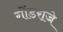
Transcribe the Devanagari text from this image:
गोंडराजे